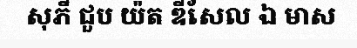
សុភី ជួប យ៉ត ឌីសែល ឯ មាស